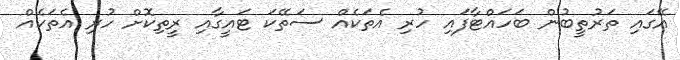
އޭގައި ތަރުތީބުން ބަހައްޓާފައި ހުރި އެތަކެއް ސަތޭކަ ޓައީގާއި ރީތިކޮށް ހުރި އެތަކެއް